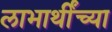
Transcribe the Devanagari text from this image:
लाभार्थींच्या